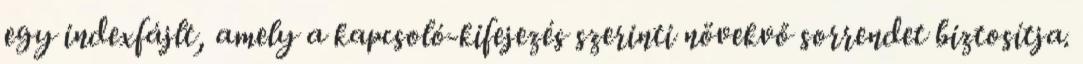
egy indexfájlt, amely a kapcsoló-kifejezés szerinti növekvő sorrendet biztosítja.